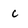
Character: c